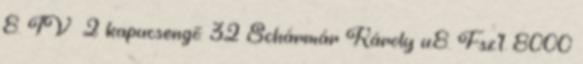
8. IV 2 kapucsengő: 32 Schármár Károly u.8. Fsz.1. 8000